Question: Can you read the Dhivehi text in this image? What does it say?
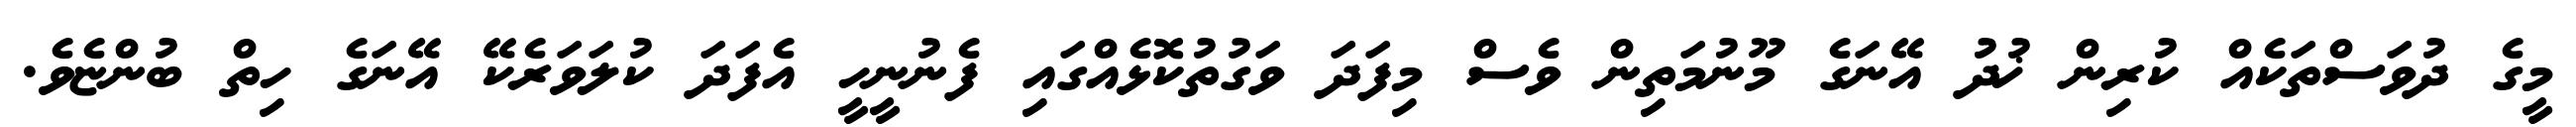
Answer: މީގެ ދުވަސްތަކެއް ކުރިން ޚުދު އޭނަގެ މޫނުމަތިން ވެސް މިފަދަ ވަގުތުކޮޅެއްގައި ފެނުނީހީ އެފަދަ ކުލަވަރެކޭ އޭނަގެ ހިތް ބުންޏެވެ.